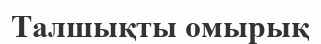
Талшықты омырық